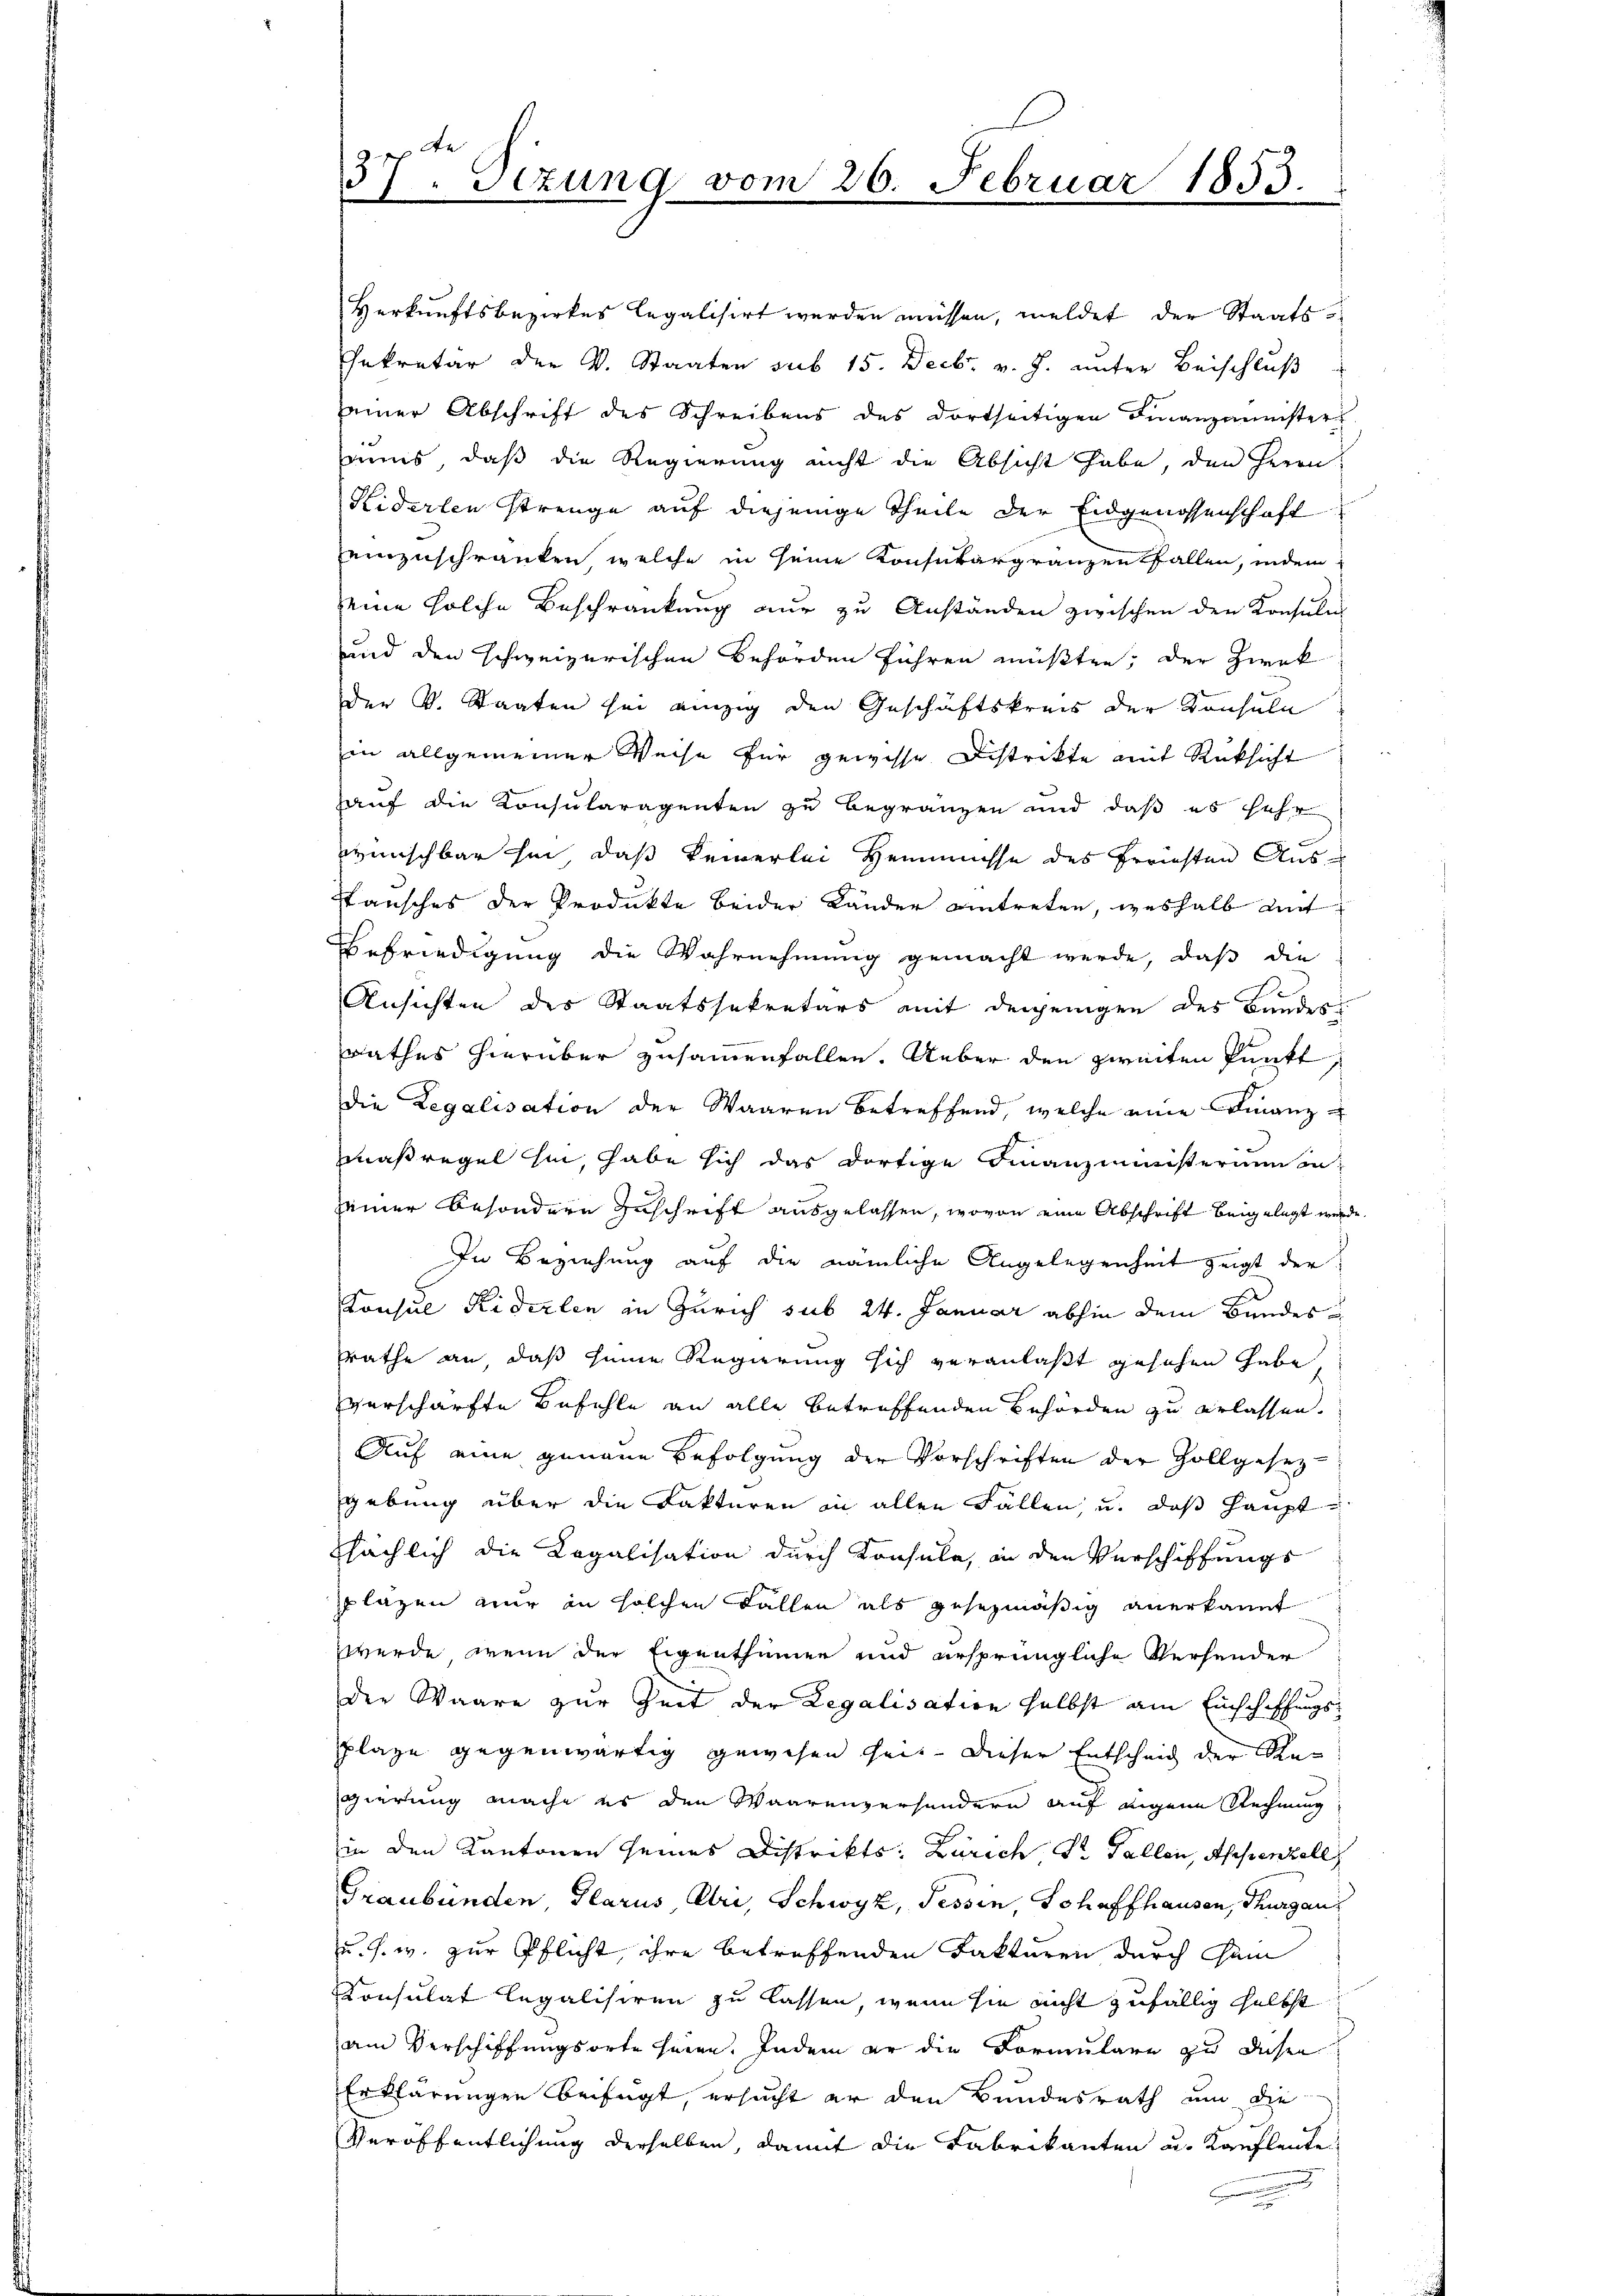
37. Sizung vom 26. Februar 1853.

Verkunftsbezirkes legalisirt werden müssen, meldet der Staatsekretär der v. Staaten sub 15. Decbr. v. J. unter Beischluß
einer Abschrift des Schreibens des dortseitigen Finanzminister
ins, daß die Regierung nicht die Absicht habe, den Herrn
Kiderlen strenge auf diejenige Theile der Eidgenossenschaft
einzuschränken, welche in seine Konsubargränzen fallen, indem
eine solche Beschränkung nur zu Anständen zwischen den Konsulin
und den schweizerischen Behörden führen müßten; der Zwek
der v. Staaten sei einzig den Geschäftskreis der Konsuln
in allgemeiner Weise für gewisse Distrikte mit Rücksicht
auf die Konsularagenten zu begränzen und daß es sehr
wünschbar hin, daß keinerlei Heimüsse des Freiesten Ausstansches der Produkte beider Länder eintreten, weshalb mit
Befriedigung die Wahrnehmung gemacht werde, daß die
Ansichten des Staatssekretärs mit derjenigen des Bundes
rathes hierüber zusammenfallen. Ueber den zweiten Punkt,
die Legalisation der Waaren betreffend, welche eine Finanzmaßregel hin, habe sich das dortige Finanzministerium anseiner besondere Zuschrift ausgelassen, wovon eine Abschrift beigelegt wer
In Beziehung auf die nämliche Angelegenheit zeigt der
Konsul Riderlen in Zürich sub 24. Januar abhin dem Bundes
räthe an daß seine Regierung sich veranlaßt gesehen habe,
verschärfte Befehle an alle betreffenden Behörden zu erlassen.
Auf eine genaue Befolgung der Vorschriften der Zollgesetz-
gebung über die Fakturen in allen Fällen, u. das Hauptsächlich die Legalisation durch Konsule, an den Verschiffungs
plazen nur in solchen Fallen als gesezmäßig anerkannt
werde, wenn der Eigenthümer und ursprüngliche Verhander
der Waare zur Zeit der Legalisation selbst am Einschaffungsplaze gegenwärtig gewesen heit. Dieser Entscheid der Regierung mache es den Waarenzerhandern auf eigene Rechnung
in den Kantonen seines Distrikts: Zürich Dr Fallen, Appenzell
Graubünden, Glarus, Uri, Schwyz, Tessin, Schaffhausen, Thurgau
u. s. w. zur Pflicht, ihre betreffenden Fakturen durch Cam
Konsulat legalisiren zu lassen, wenn sie nicht zufällig selbst
am Verschiffungsorte seien. Indem er die Formulare zu diesen
Erklärungen beifügt, ersucht er den Bundesrath um die
Veröffentlichung derselben, damit die Fabrikanten u. Kaufleute